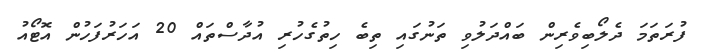
ފުރަތަމަ ދެލޯބިވެރިން ބައްދަލުވި ތަނުގައި ތިބެ ހިތުގެހުރި އުދާސްތައް 20 އަހަރުފަހުން އޮޓޯއު